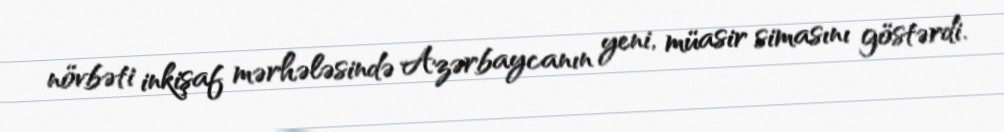
növbəti inkişaf mərhələsində Azərbaycanın yeni, müasir simasını göstərdi.